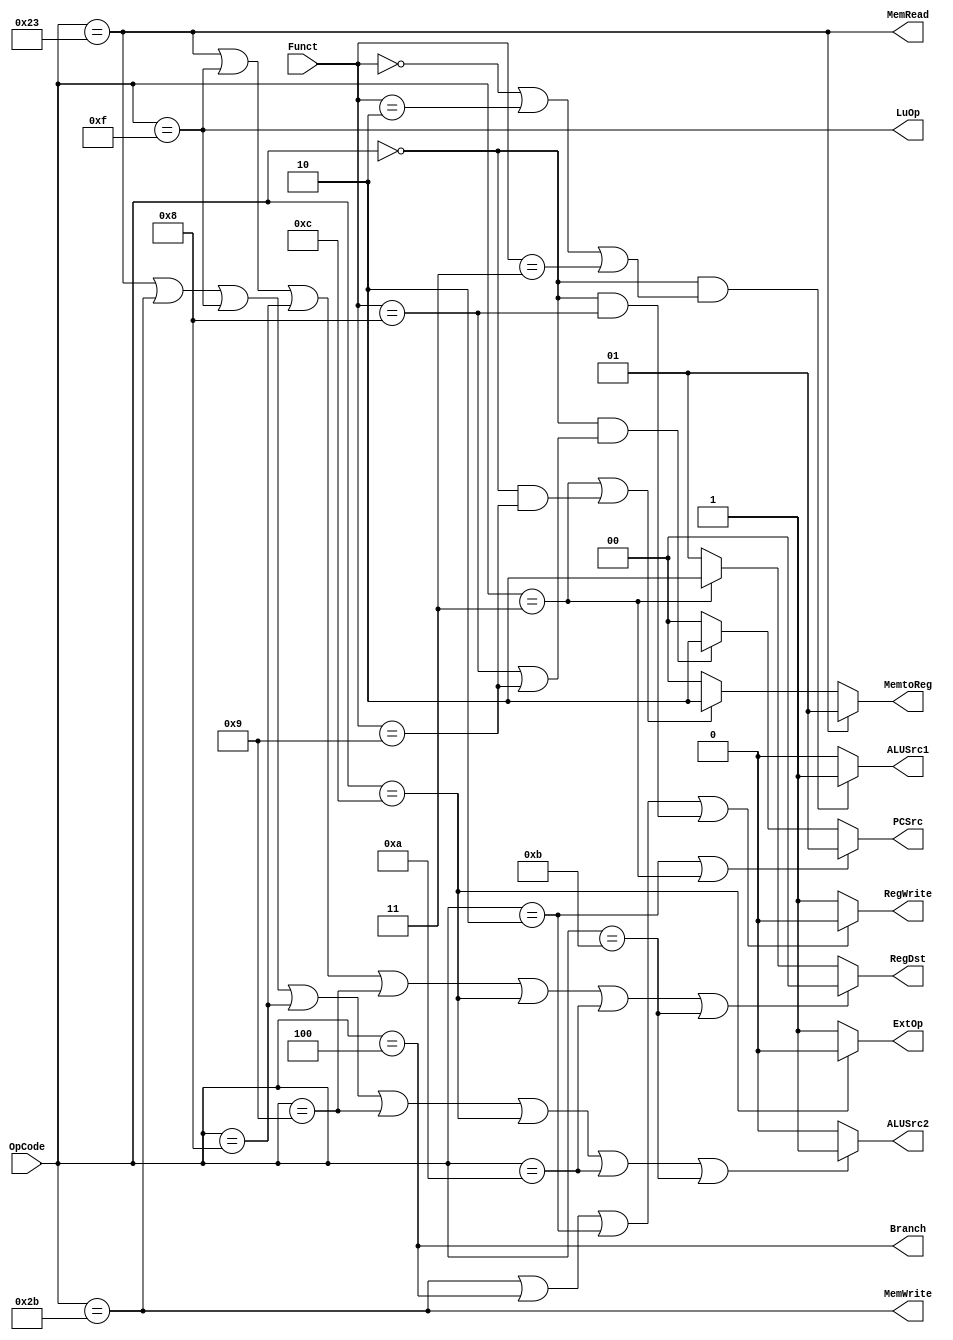
module Control(OpCode, Funct,
	PCSrc, Branch, RegWrite, RegDst, 
	MemRead, MemWrite, MemtoReg, 
	ALUSrc1, ALUSrc2, ExtOp, LuOp);
	input wire [5:0] OpCode;
	input wire [5:0] Funct;
	output wire [1:0] PCSrc;
	output wire Branch;
	output wire RegWrite;
	output wire [1:0] RegDst;
	output wire MemRead;
	output wire MemWrite;
	output wire [1:0] MemtoReg;
	output wire ALUSrc1;
	output wire ALUSrc2;
	output wire ExtOp;
	output wire LuOp;
	
	// Your code below

	assign PCSrc = (OpCode == 6'h02 || OpCode == 6'h03) ? 1 :
					(OpCode == 0 && (Funct == 6'h08 || Funct == 6'h09)) ? 2 : 0;
	     
	assign Branch = OpCode == 6'h04;
	
	assign RegWrite = (OpCode == 6'h2b || OpCode == 6'h04 ||
						OpCode == 6'h02 || (OpCode == 6'h00 && Funct == 6'h08)) ? 0 : 1;
	
	assign RegDst = (OpCode == 6'h23 || OpCode == 6'h0f || OpCode == 6'h08 || OpCode == 6'h09 ||
						OpCode == 6'h0c || OpCode == 6'h0a || OpCode == 6'h0b) ? 0 :
							OpCode == 6'h03 ? 2 : 1;	// 0: rt; 1: rd; 2: ra

	assign MemRead = OpCode == 6'h23;

	assign MemWrite = OpCode == 6'h2b;

	assign MemtoReg = OpCode == 6'h23 ? 1 :
						(OpCode == 6'h03 || (OpCode == 6'h00 && Funct == 6'h09)) ? 2 : 0;
	
	assign ALUSrc1 = (OpCode == 6'h00 && (Funct == 6'h00 || Funct == 6'h02 || Funct == 6'h03)) ? 1 : 0;
	
	assign ALUSrc2 = (OpCode == 6'h23 || OpCode == 6'h2b || OpCode == 6'h0f ||
						OpCode == 6'h08 || OpCode == 6'h09 || OpCode == 6'h0c ||
							OpCode == 6'h0a || OpCode == 6'h0b) ? 1 : 0;

	assign ExtOp = OpCode == 6'h0c ? 0 : 1;

	assign LuOp = OpCode == 6'h0f;
	
	// Your code above
	
endmodule